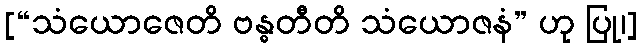
[“သံယောဇေတိ ဗန္ဓတီတိ သံယောဇနံ” ဟု ပြု၊]